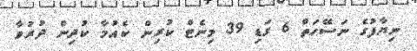
ނިޔާފުގެ ނަސޭހަތް 6 ގަޑި 39 މިނެޓް ކުރިން ކެއުމާ ކުދިން ދުރުވާ